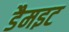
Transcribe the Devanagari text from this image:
डैमइट